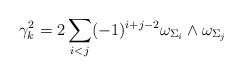
\begin{align*} \gamma_{k}^{2}=2\sum_{i<j}^{}(-1)^{i+j-2}\omega_{\Sigma_{i}}\wedge\omega_{\Sigma_{j}}\end{align*}